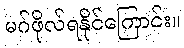
မဂ်ဖိုလ်ရနိုင်ကြောင်း။